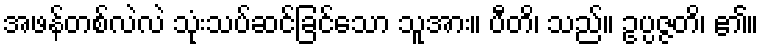
အဖန်တစ်လဲလဲ သုံးသပ်ဆင်ခြင်သော သူအား။ ပီတိ၊ သည်။ ဥပ္ပဇ္ဇတိ၊ ၏။